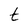
Character: t